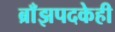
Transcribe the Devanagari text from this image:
ब्राँझपदकेही